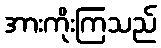
အားကိုးကြသည်